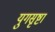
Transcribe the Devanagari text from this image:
युगसृष्टा